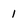
Character: 1